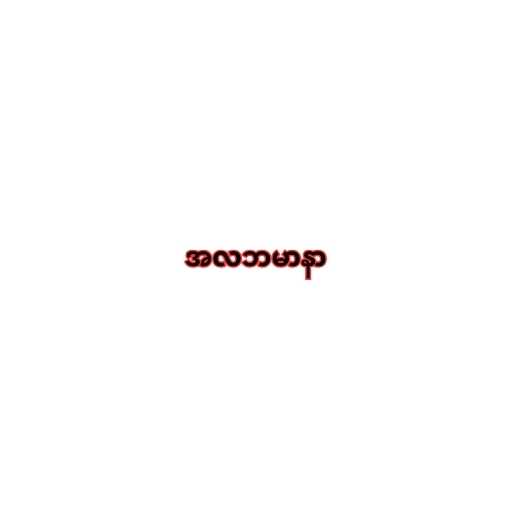
အလဘမာနာ